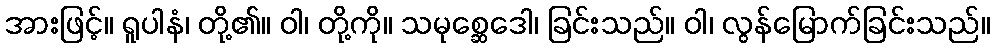
အားဖြင့်။ ရူပါနံ၊ တို့၏။ ဝါ၊ တို့ကို။ သမုစ္ဆေဒေါ၊ ခြင်းသည်။ ဝါ၊ လွန်မြောက်ခြင်းသည်။